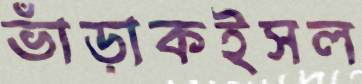
ভাঁড়াকইসল